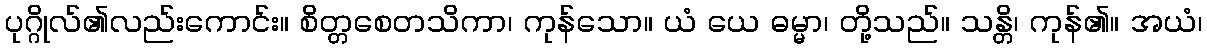
ပုဂ္ဂိုလ်၏လည်းကောင်း။ စိတ္တစေတသိကာ၊ ကုန်သော။ ယံ ယေ ဓမ္မာ၊ တို့သည်။ သန္တိ၊ ကုန်၏။ အယံ၊